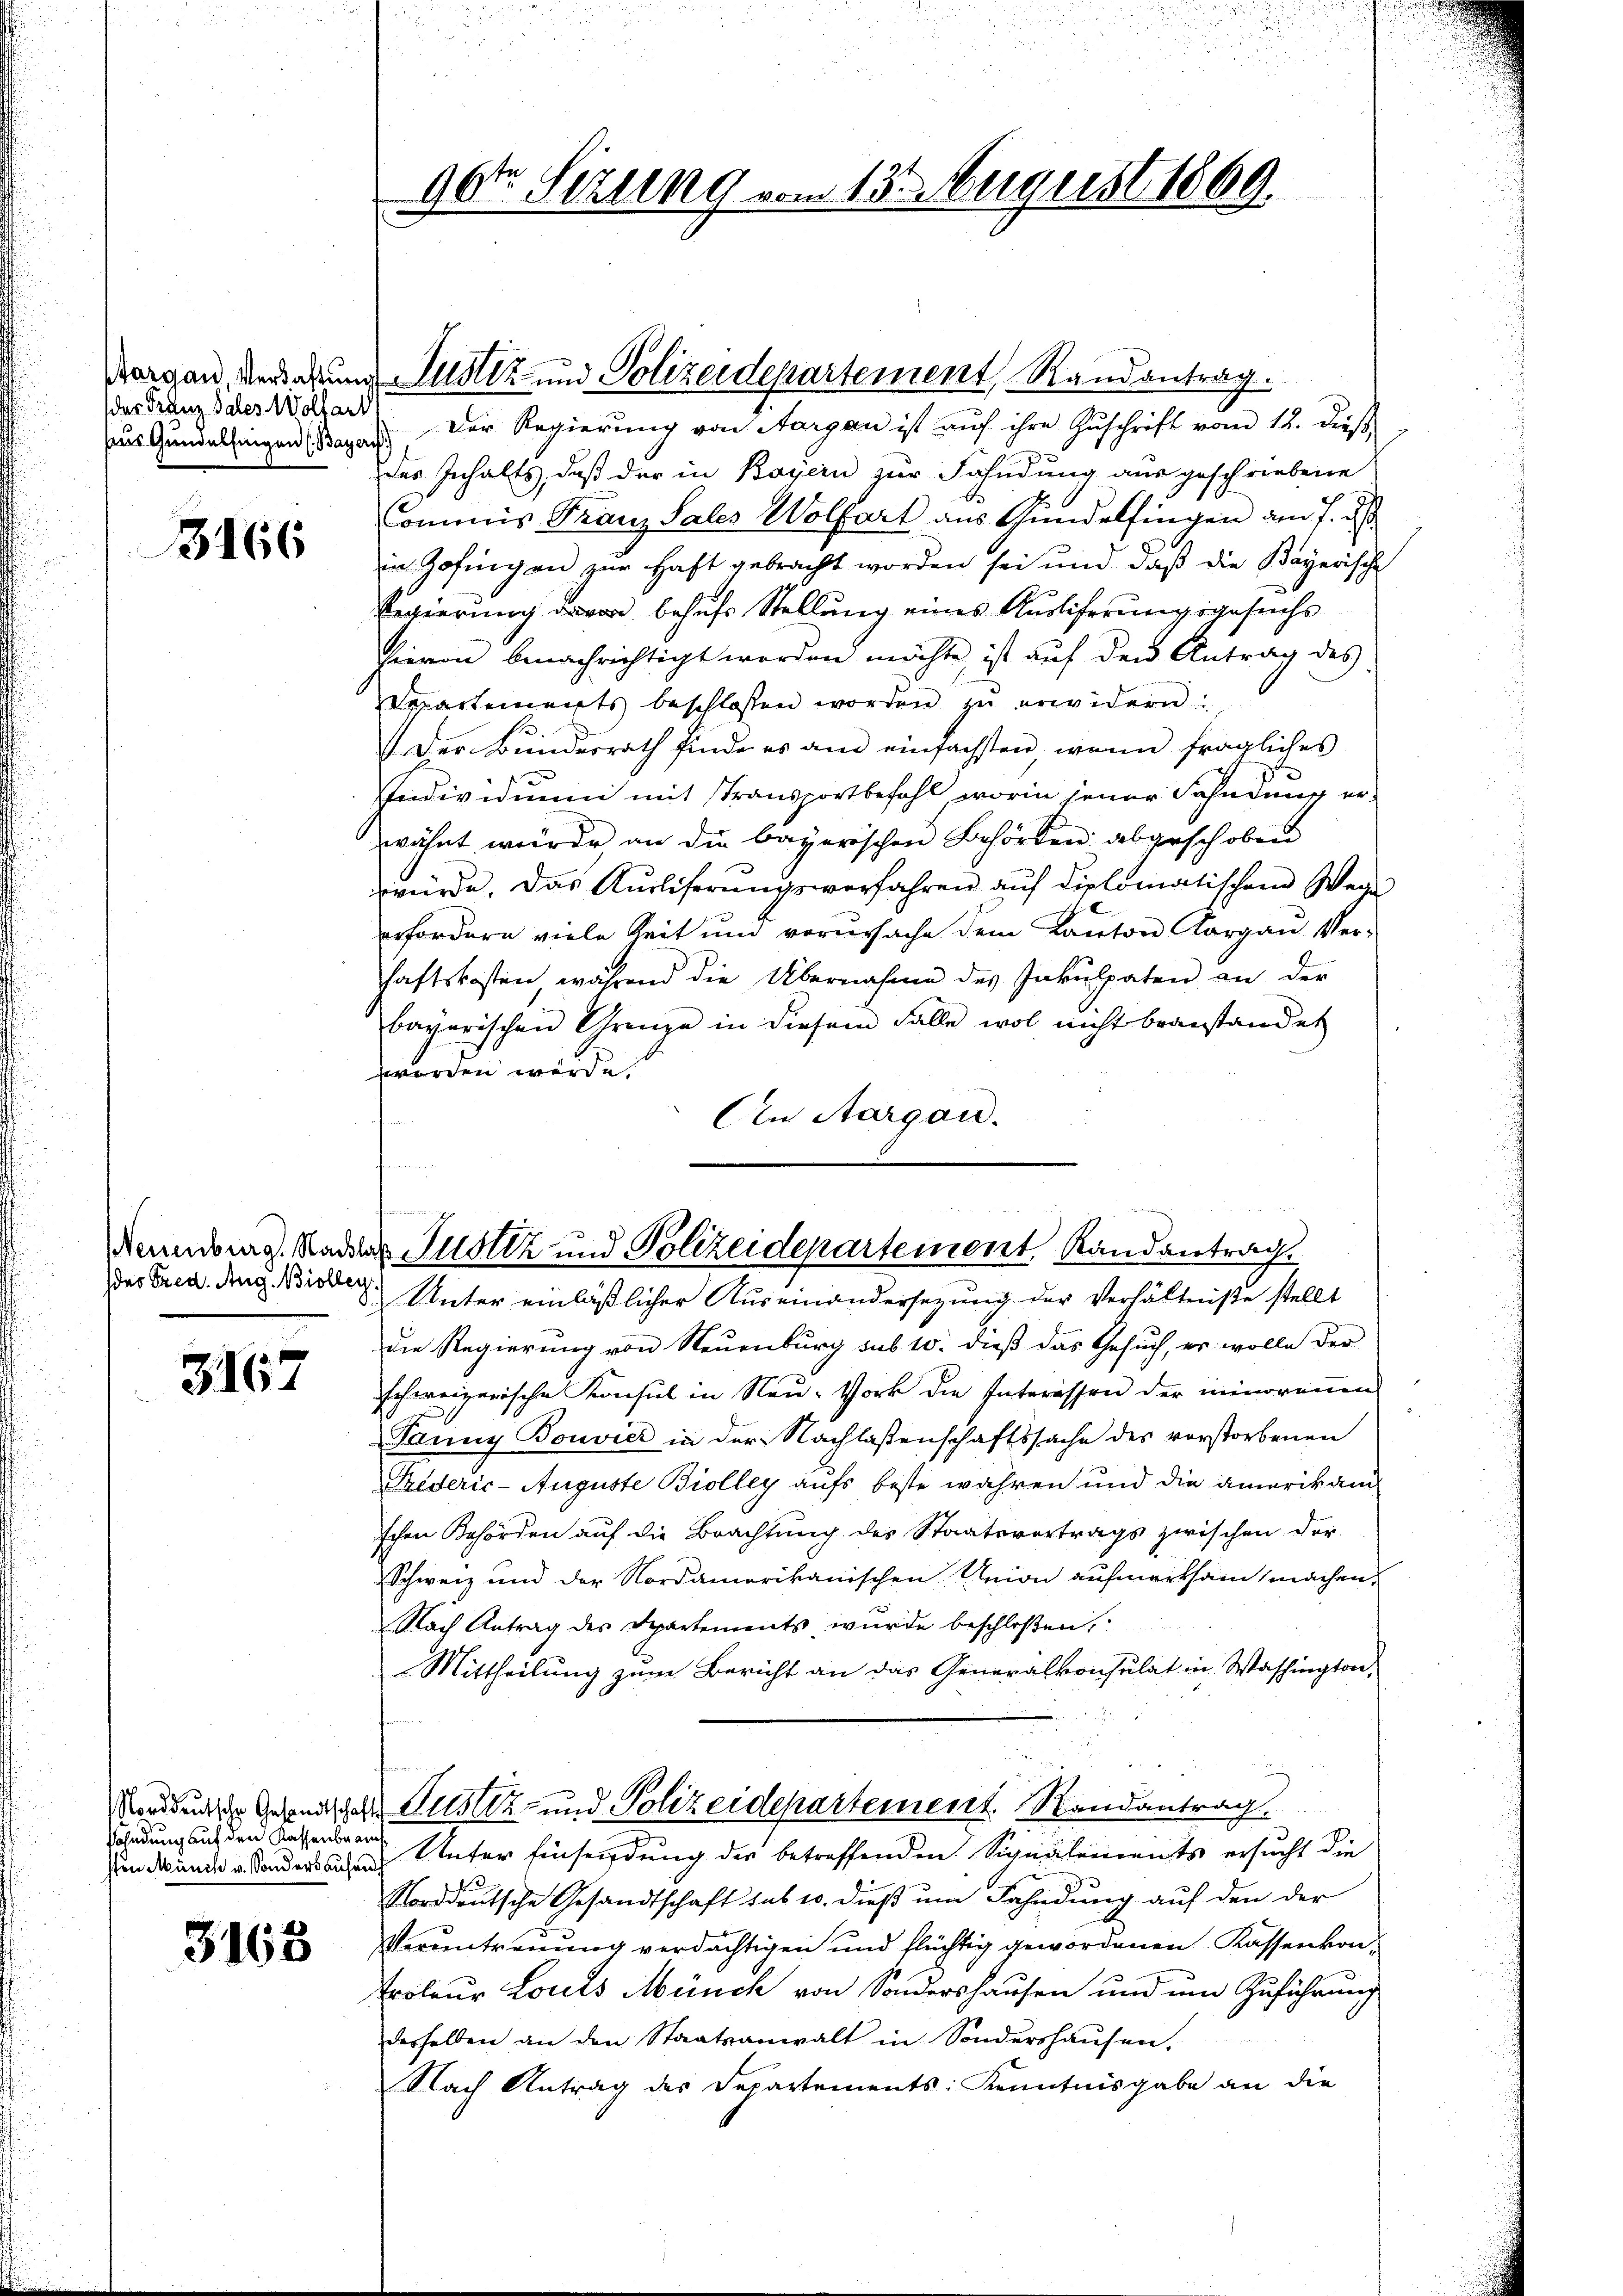
Aus Gundelfingen (Bayern)

3166

Neuenburg, Nachl
(das Fred. Aug. Biolleg.

3167

sahndung auf den Kassenbrau
ston Münch v. Sonders ausen

3163

Der Franz des Notar. Der Regierung von Aargau ist auf ihre Zuschrift vom 12. dieß,
des Inhalts, daß der in Bayern zur Fahndung ausgeschriebene
Commis Franz Sales Wolfart aus Gundelfingen am 7. d.
in Zofingen zur Haft gebracht worden sei und daß die Bayerische
Regierung davon behufs Stellung eines Ausliferungsgesuchs
hievon benachrichtigt worden möchte, ist auf den Antrag des
Repartements beschlossen worden zu erwidern
Der Bŭndesrath finde es am einfachsten, wenn fragliches
Individuum mit Transportbefahl, worin jener Fahndung erwähnt wurde an die bayerischen Behörden abgeschoben
würde. Das Kurliferungsverfahren auf dielomatischem Wege
erfordern viele Zeit und verursache dem Kanton Aargau Ver-
haftskosten während die Übernahme des Inkulpaten an der
bayerischen Grenze in diesem Falle wol nicht beanstandet
werden würde.
An Aargau.

96ten Sitzung vom 13. August 1869.

Dargen verdarung Justiz- und Polizeidepartement, Randantrag.

s
a Justiz und Polizeidepartement Randantrag.
Unter einläßlicher Auseinandersezung der Verhältniße stellt

die Regierung von Neuenburg sub 10. dieß das Gesuch, er wolle der
schweizerische Konsul in Neu- Vork die Interessen der ininorennen
Janny Bouvier in der Nachlaßenschaftssache des vorstorbenen
Triderić-Auguste Biolley aufs beste wahren und die amerikan
schen Behörden auf die Brachtung des Staatsvertrags zwischen der-
Schweiz und der Nordamerikanischen Union aufmerksam machen.
Nach Antrag des Departements wurde beschloßen,
Mittheilung zum Bericht an das Generalkonsulat in Washington,
Vordung der Gesandtschaft Justiz- und Polizeidepartement. Randantrag
Unter Einsendung der betreffenden Signalements ersucht die
Norddeutsche Gesandtschaft sub u. dieß um Fahndung auf den der
Verantrauung verdächtigen und flüchtig gewordenen Kassenkon¬
Eroleur Louis Münch von Sondershausen und um Zuführung
desselben an den Staatsanwalt in Sondershausen,
Nach Antrag des Departements: Kenntnisgabe an die